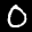
Label: 0